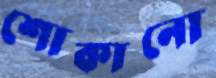
শোকানো